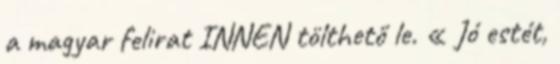
a magyar felirat INNEN tölthető le. « Jó estét,